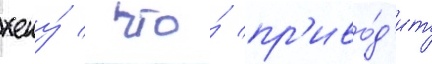
жену́ / что́ пр'иво́д'ит